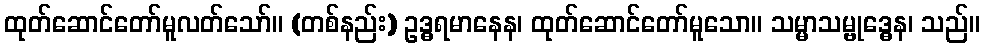
ထုတ်ဆောင်တော်မူလတ်သော်။ (တစ်နည်း) ဥဒ္ဓရမာနေန၊ ထုတ်ဆောင်တော်မူသော။ သမ္မာသမ္ဗုဒ္ဓေန၊ သည်။